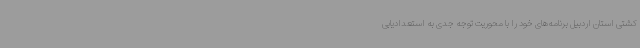
کشتی استان اردبیل برنامه‌های خود را با محوریت توجه جدی به استعدادیابی